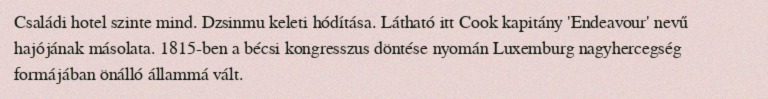
Családi hotel szinte mind. Dzsinmu keleti hódítása. Látható itt Cook kapitány 'Endeavour' nevű hajójának másolata. 1815-ben a bécsi kongresszus döntése nyomán Luxemburg nagyhercegség formájában önálló állammá vált.